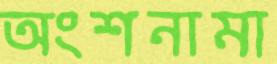
অংশনামা